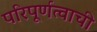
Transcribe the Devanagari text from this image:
परिपूर्णत्वाची